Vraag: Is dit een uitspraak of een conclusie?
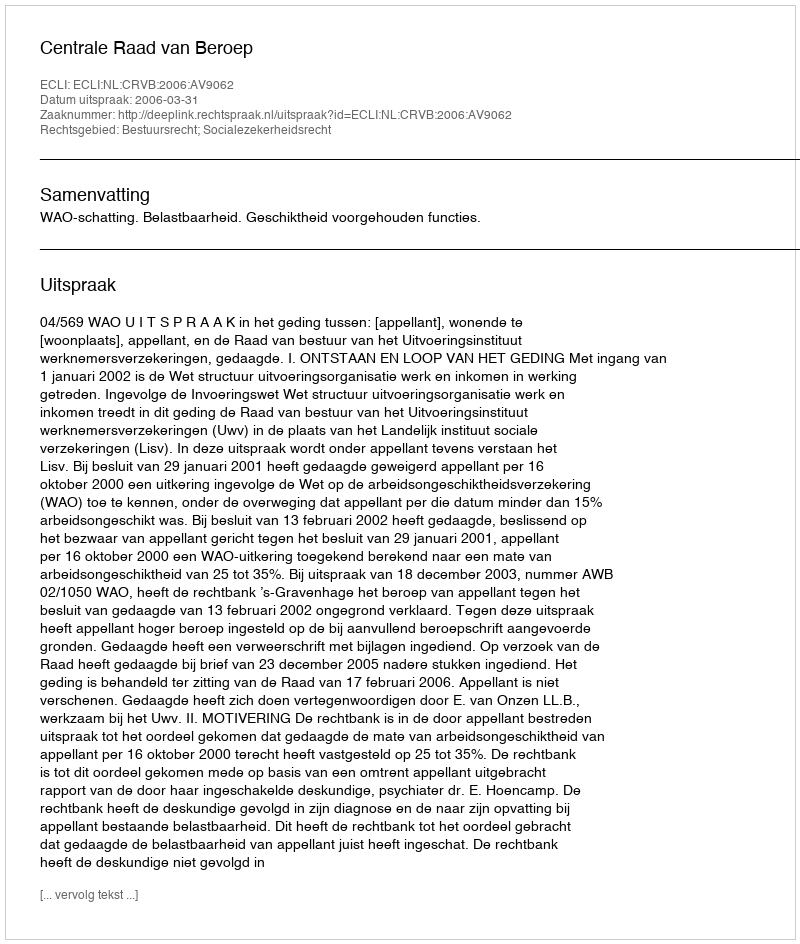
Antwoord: Uitspraak